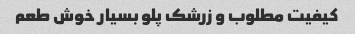
کیفیت مطلوب و زرشک پلو بسیار خوش طعم